Kassari_(Keina)_vallavalitsus, lk 71
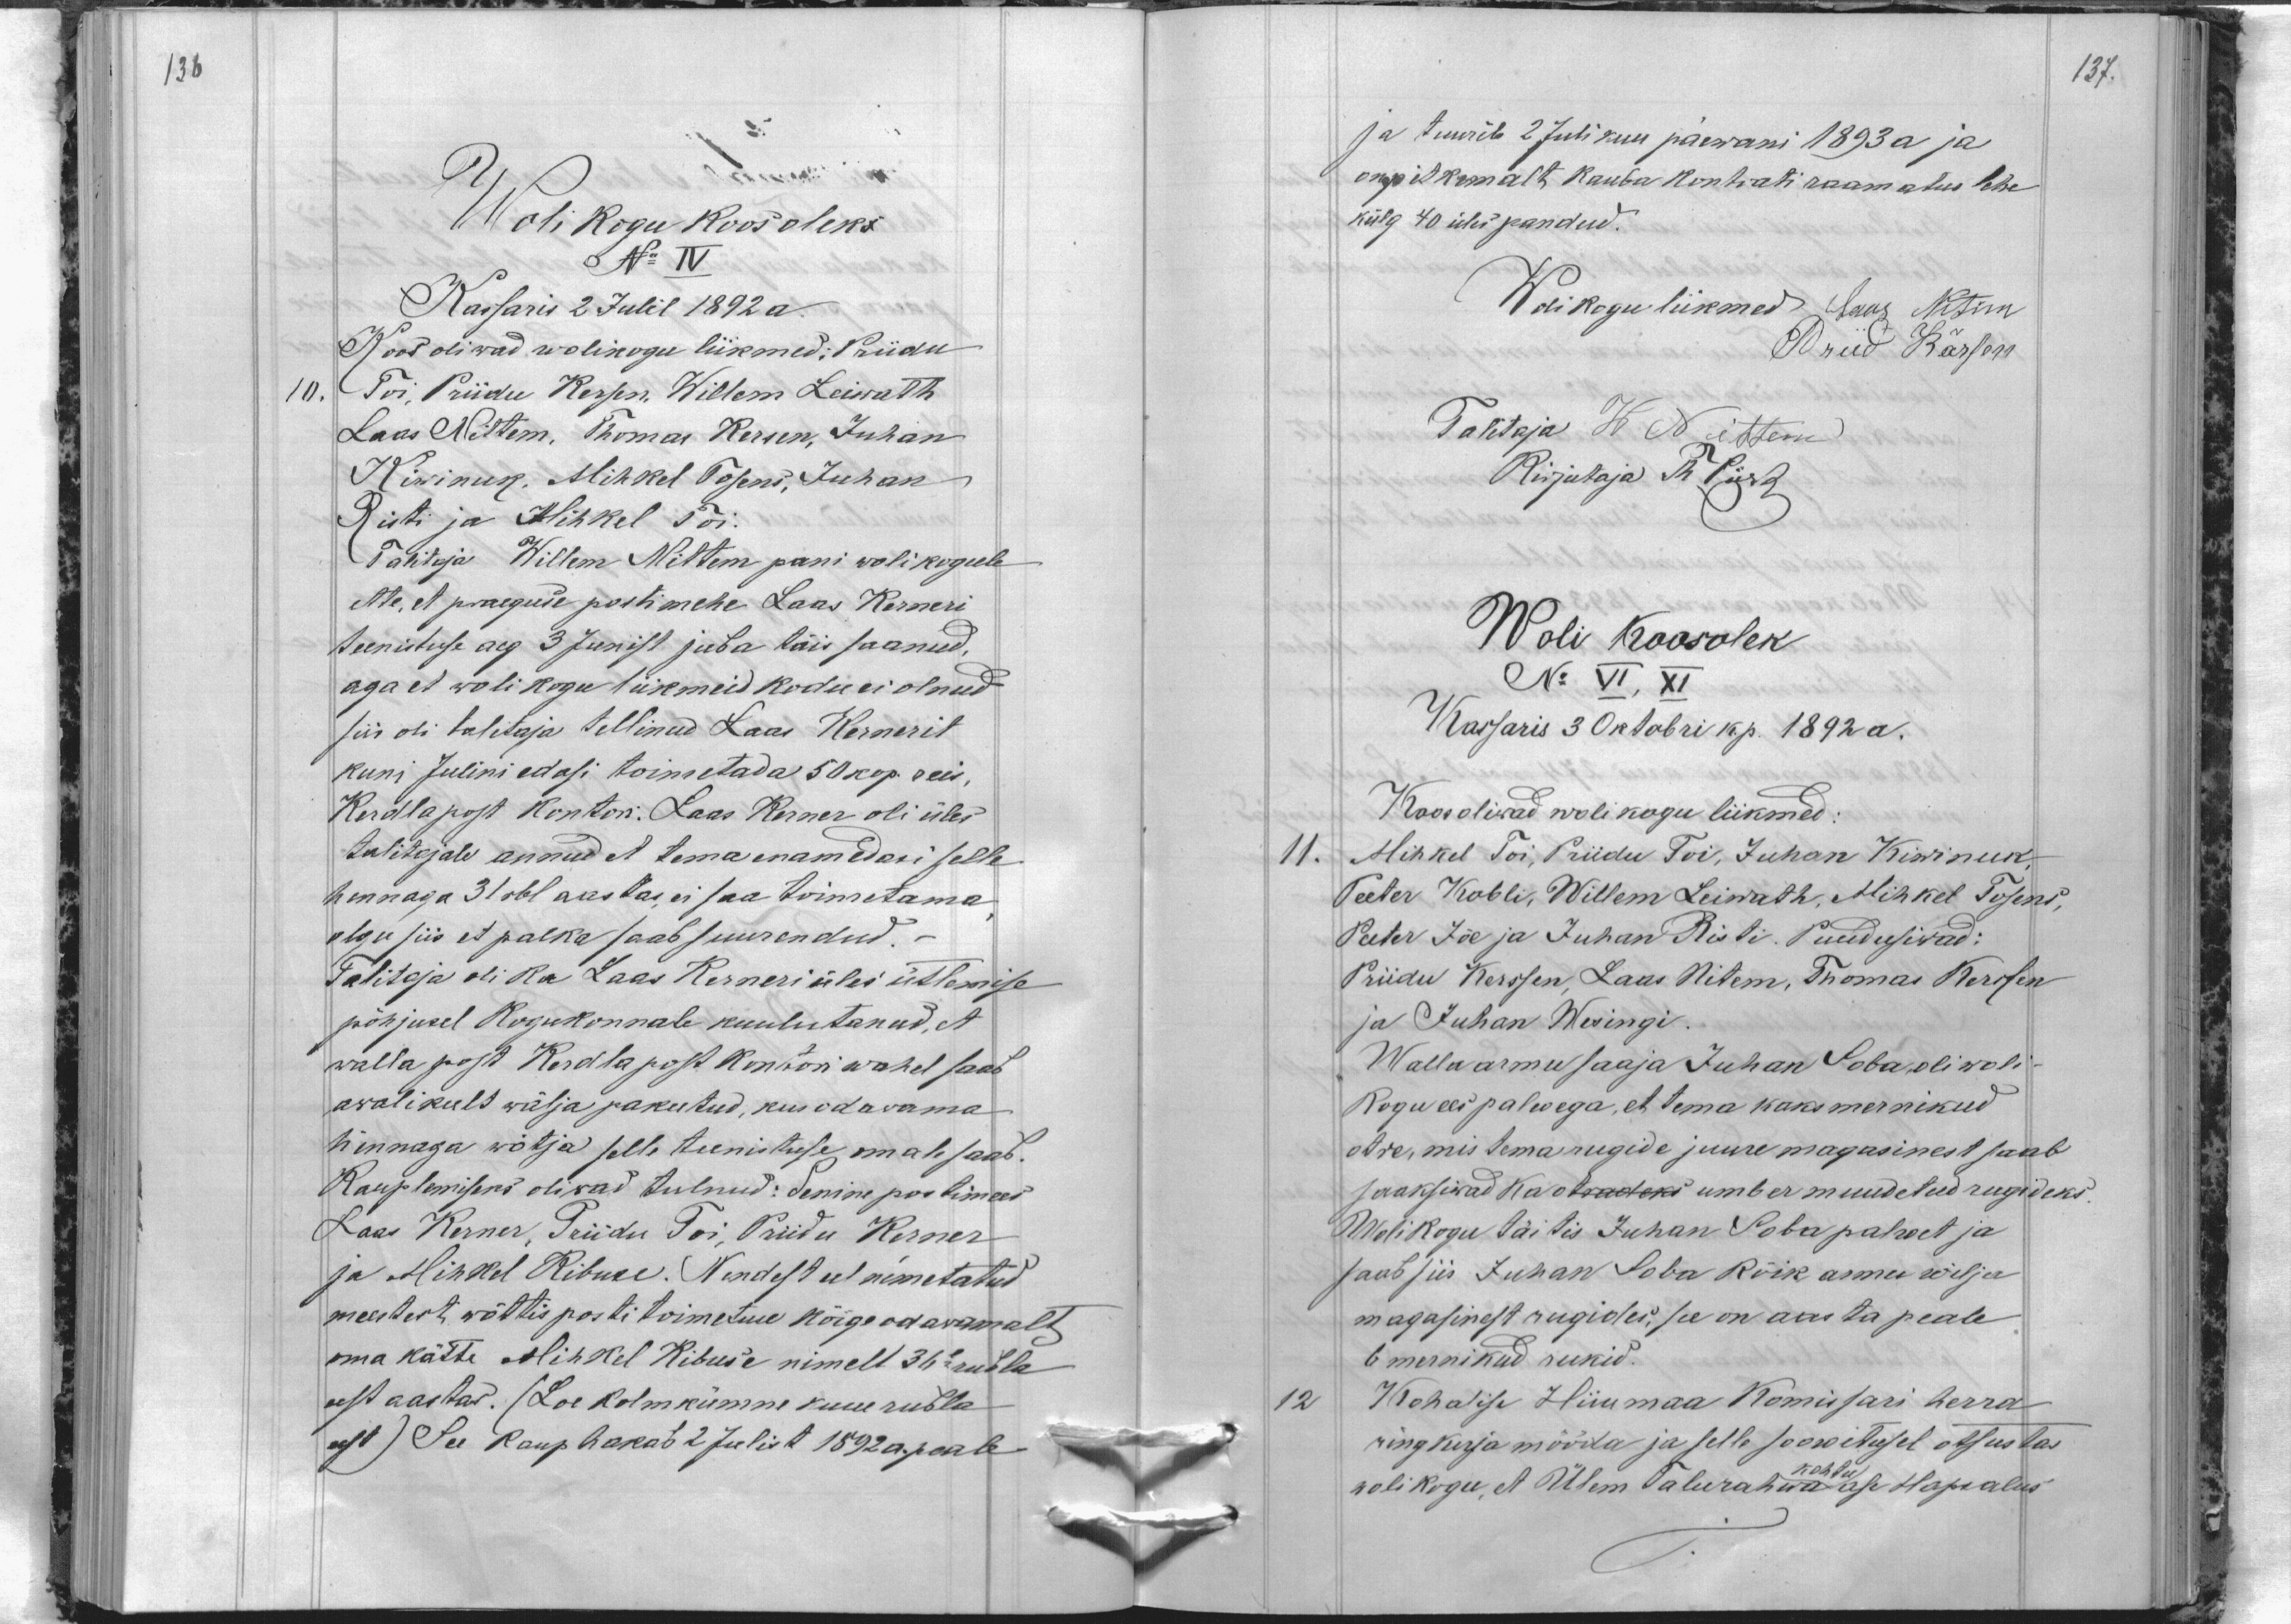
136

Woli kogu koos oleks
No IV
Kassaris 2 Julil 1892 a.
Koos oliwad wolikogu liikmed: Priidu
10.
Toi, Priidu Kersen, Willem Leiwath
Laas Nittem. Thomas Kersen, Juhan
Kiwinuk, Mihkel Tosens, Juhan
Risti ja Mihkel Toi.
Talitaja Willem Nittem pani wolikogule
ette, et praeguse postimehe Laas Kerneri
teenistuse aeg 3 Junist juba täis saanud,
aga et woli kogu liikmeid kodu ei olnud
siis oli talitaja tellinud Laas Kernerit
kuni Julini edasi toimetada 50 kop. reis,
Kerdla post kontori. Laas Kerner oli üles
talitajale annud et tema enam edasi selle
hennaga 31 rbl aastas, ei saa toimetama
olgu siis et palka saab suurendud.
Talitaja oli ka Laas Kerneri üles ütlemise
põhjusel Kogukonnale kuulutanud, et
walla post Kerdla post kontori wahel saab
awalikult wälja pakutud, kus odawama
hinnaga wõtja selle teenistuse omale saab.
Kauplemiseks oliwad tulnud: Senine postimees
Laas Kerner, Priidu Toi, Priidu Kerner
ja Mihkel Rebuse. Nendest eel nimetatud
meestest wõttis posti toimetuse kõige odawamalt
oma kätte Mihkel Kibuse nimelt 36e rubla
eest aastas. (Loe kolmkümne kuue rubla
eest) See Kaup hakab 2 Julist 1892 a. peale

137.
ja teenib 2 Julikuu päewani 1893 a ja
on pitkemalt kauba kontrati raamatus lehe
külg 40 üles pandud.
Wolikogu liikmed Jaas Nitim
Priid Kärsen
Talitaja W Nitten
Kirjutaja Th Piik
Woli koosolek
No VI, XI
Kassaris 3 Oktobri k.p. 1892 a.
Koos oliwad wolikogu liikmed:
11.
Mihkel Toi, Priidu Toi, Juhan Kiwinuk,
Peeter Kabli, Willem Leiwath, Mihkel Tosens,
Peeter Jõe ja Juhan Risti. Puudusiwad:
Priidu Kerssen, Laas Nitem, Thomas Kersen
ja Juhan Wesingi.
Walla armu saaja Juhan Soba oli woli-
kogu ees palwega, et tema kaks mernikud
otre, mis tema rugide juure magasinest saab
saaksiwad ka otradeks ümber muudetud rugideks.
Wolikogu täitis Juhan Soba palwet ja
saab siis Juhan Soba Kõik armu wilja
magasinest rugides, see on aasta peale
6 mernikud rukid.
12
Kohalise Hiiumaa Komissari herra
ringkirja mööda ja selle soowitusel otsustas
wolikogu, et Ülem Talurahwa kohtu ase Hapsalus